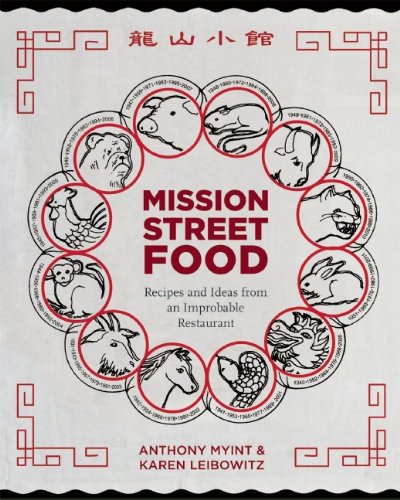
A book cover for Mission Street Food: Recipes and Ideas from an Improbable Restaurant; Anthony Myint; Cookbooks, Food & Wine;